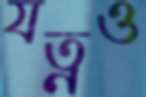
যত্নও